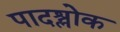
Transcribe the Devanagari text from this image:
पादश्लोक